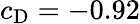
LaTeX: c_{\mathrm{D}}=-0.92